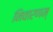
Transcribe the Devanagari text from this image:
निवारणम्